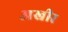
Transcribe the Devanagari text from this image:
अखीर